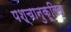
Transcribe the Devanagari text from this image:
पश्चानुकूलित